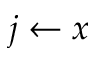
j \gets x